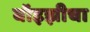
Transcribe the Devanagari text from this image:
बॉइझीचा